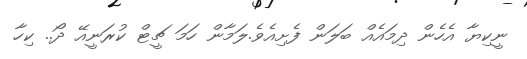
ނީކިޔާ އެހެން ދިމައެއް ބަލަން ފެށިއެވެ.ލަމާން ހަމަ ޗީޓް ކުރަނީއޭ ދޯ.. ކިހާ